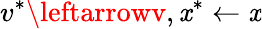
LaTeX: v^{*}\leftarrowv,\mathit{x}^{*}\leftarrow\mathit{x}